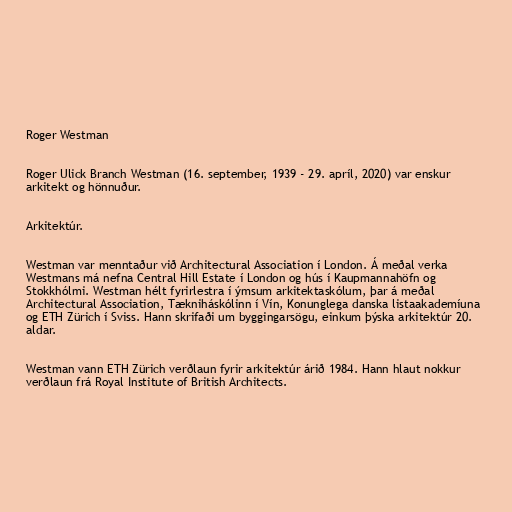
Roger Westman

Roger Ulick Branch Westman (16. september, 1939 - 29. apríl, 2020) var enskur
arkitekt og hönnuður.

Arkitektúr.

Westman var menntaður við Architectural Association í London. Á meðal verka
Westmans má nefna Central Hill Estate í London og hús í Kaupmannahöfn og
Stokkhólmi. Westman hélt fyrirlestra í ýmsum arkitektaskólum, þar á meðal
Architectural Association, Tækniháskólinn í Vín, Konunglega danska listaakademíuna
og ETH Zürich í Sviss. Hann skrifaði um byggingarsögu, einkum þýska arkitektúr 20.
aldar.

Westman vann ETH Zürich verðlaun fyrir arkitektúr árið 1984. Hann hlaut nokkur
verðlaun frá Royal Institute of British Architects.